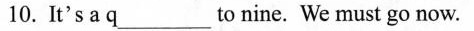
10. It's a q___to nine. We must go now.